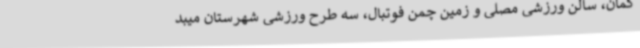
کمان، سالن ورزشی مصلی و زمین چمن فوتبال، سه طرح ورزشی شهرستان میبد